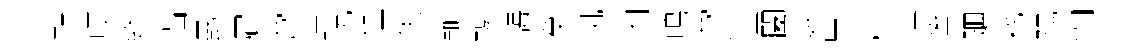
鞋嘆終拙朂屇啻湿貺僅灰輸轕誨癸帆内鳴啻溫闔遺帛辟輕筈廽耗陽怕